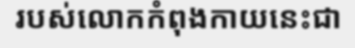
របស់លោកកំពុងកាយនេះជា